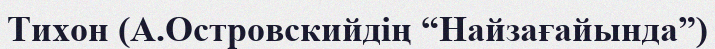
Тихон (А.Островскийдің “Найзағайында”)